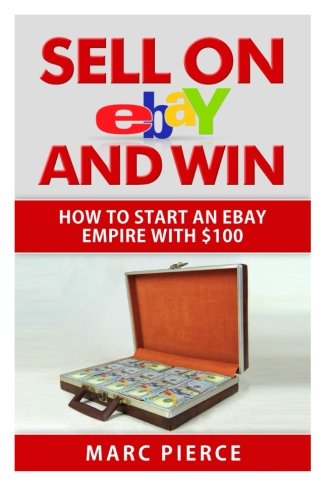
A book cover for Sell on eBay and Win: How to Start an eBay Empire With $100 (Volume 1); Marc Pierce; Computers & Technology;